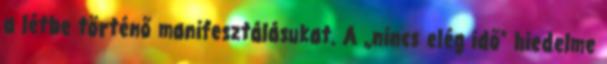
a létbe történő manifesztálásukat. A „nincs elég idő” hiedelme